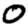
Digit: 0